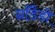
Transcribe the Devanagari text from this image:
ग्राँडैडी